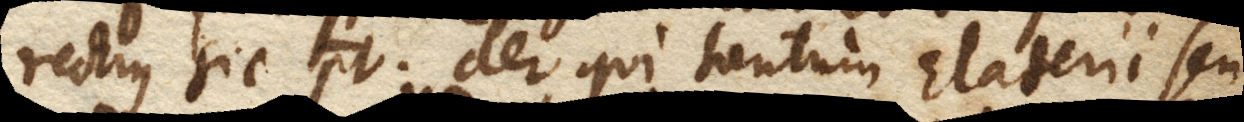
rectius sic potest: aer qui tantum Elaterii seu